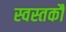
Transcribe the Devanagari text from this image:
स्वस्तकौ